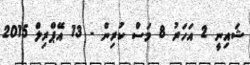
ޝައިނީ 2 އަހަރު 8 މަސް ކުރިން - 13 އޭޕްރިލް 2015